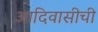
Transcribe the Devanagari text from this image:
आदिवासीची